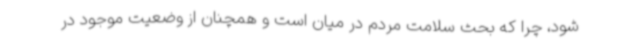
شود، چرا که بحث سلامت مردم در میان است و همچنان از وضعیت موجود در